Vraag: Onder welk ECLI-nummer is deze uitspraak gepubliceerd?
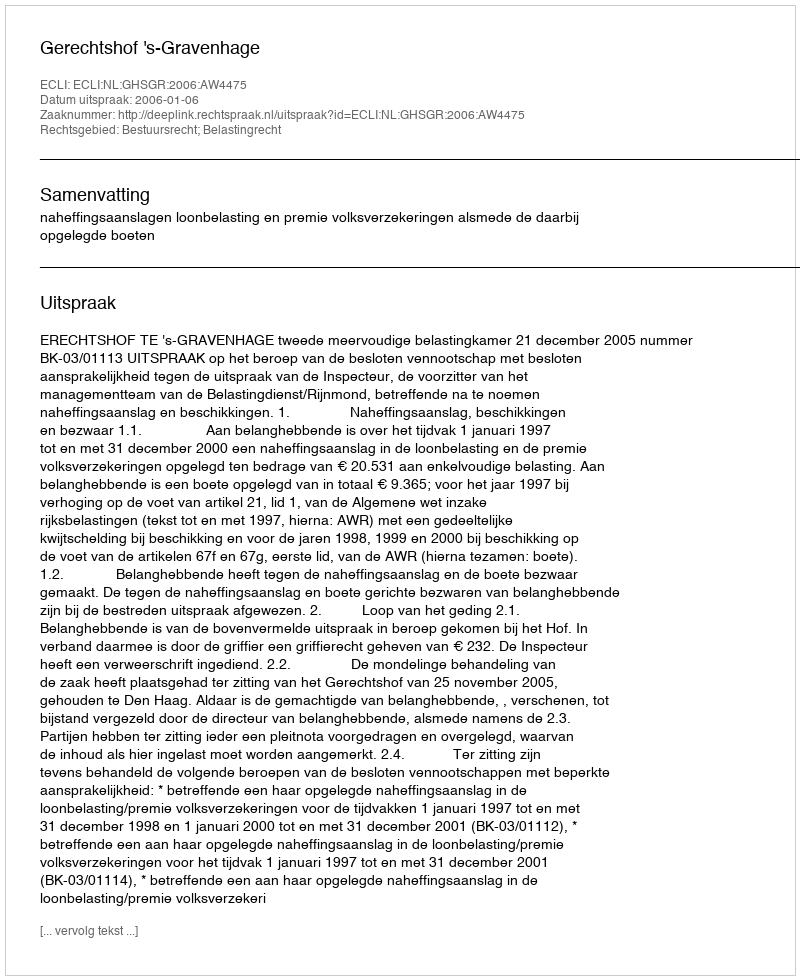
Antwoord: ECLI:NL:GHSGR:2006:AW4475